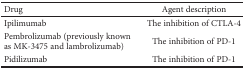
| Drug | Agent description |
 | --- | --- |
 | Ipilimumab | The inhibition of CTLA-4 |
 | Pembrolizumab (previously known as MK-3475 and lambrolizumab) | The inhibition of PD-1 |
 | Pidilizumab | The inhibition of PD-1 |